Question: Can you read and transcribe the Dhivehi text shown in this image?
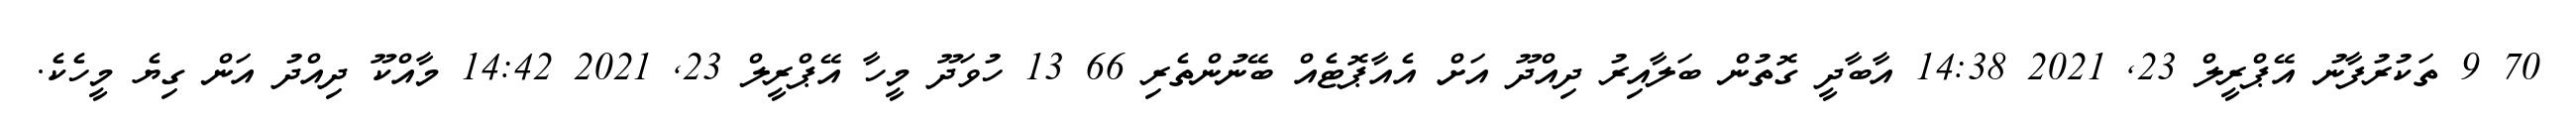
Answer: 70 9 ތަކުރުފާނު އޭޕްރީލް 23, 2021 14:38 އާބާދީ ގޮތުން ބަލާއިރު ދިއްދޫ އަށް އެއާޕޮޓެއް ބޭނުންތެރި 66 13 ހުވަދޫ މީހާ އޭޕްރީލް 23, 2021 14:42 މާއްކޫ ދިއްދު އަން ގިޔެ މީހެކެ.